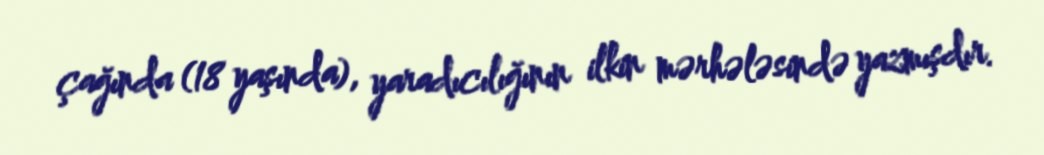
çağında (18 yaşında), yaradıcılığının ilkin mərhələsində yazmışdır.